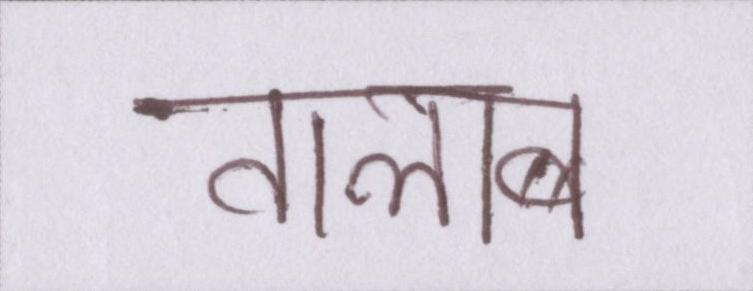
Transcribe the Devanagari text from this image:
तालाब